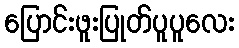
ပြောင်းဖူးပြုတ်ပူပူလေး